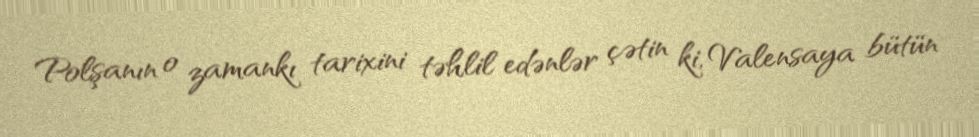
Polşanın o zamankı tarixini təhlil edənlər çətin ki, Valensaya bütün